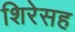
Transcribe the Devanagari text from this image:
शिरेसह